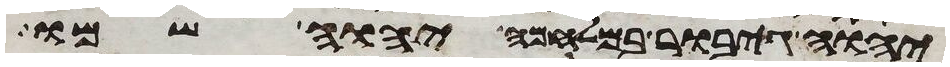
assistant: יהוה גיבור במלחמה יהוה שמו